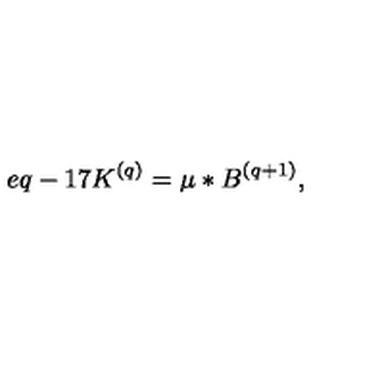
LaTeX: e q - 1 7 K ^ { ( q ) } = \mu \ast B ^ { ( q + 1 ) } ,